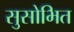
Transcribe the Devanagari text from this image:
सुसोभित